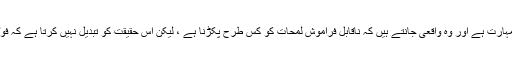
ٹھیک ہے ، پیشہ ور فوٹوگرافروں کے پاس بڑی مہارت ہے اور وہ واقعی جانتے ہیں کہ ناقابل فراموش لمحات کو کس طرح پکڑنا ہے ، لیکن اس حقیقت کو تبدیل نہیں کرتا ہے کہ فوٹو گرافی کی بنیاد نشاندہی اور شوٹنگ کررہی ہے۔